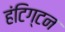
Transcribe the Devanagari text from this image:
हंटिग्टन